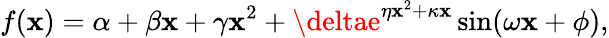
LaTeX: f(\mathbf{x})=\alpha+\beta\mathbf{x}+\gamma\mathbf{x}^{2}+\deltae^{\eta\mathbf{x}^{2}+\kappa\mathbf{x}}\sin(\omega\mathbf{x}+\phi),